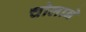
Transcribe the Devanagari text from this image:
चोलाने